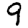
Digit: 9